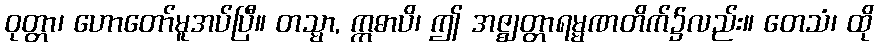
ဝုတ္တာ၊ ဟောတော်မူအပ်ပြီ။ တသ္မာ, ဣဓာပိ၊ ဤ အဇ္ဈတ္တာရမ္မဏတိက်၌လည်း။ တေသံ၊ ထို